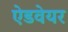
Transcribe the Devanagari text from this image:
ऐडवेयर